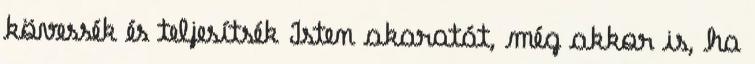
kövessék és teljesítsék Isten akaratát, még akkor is, ha